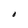
Character: O